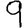
Digit: 9